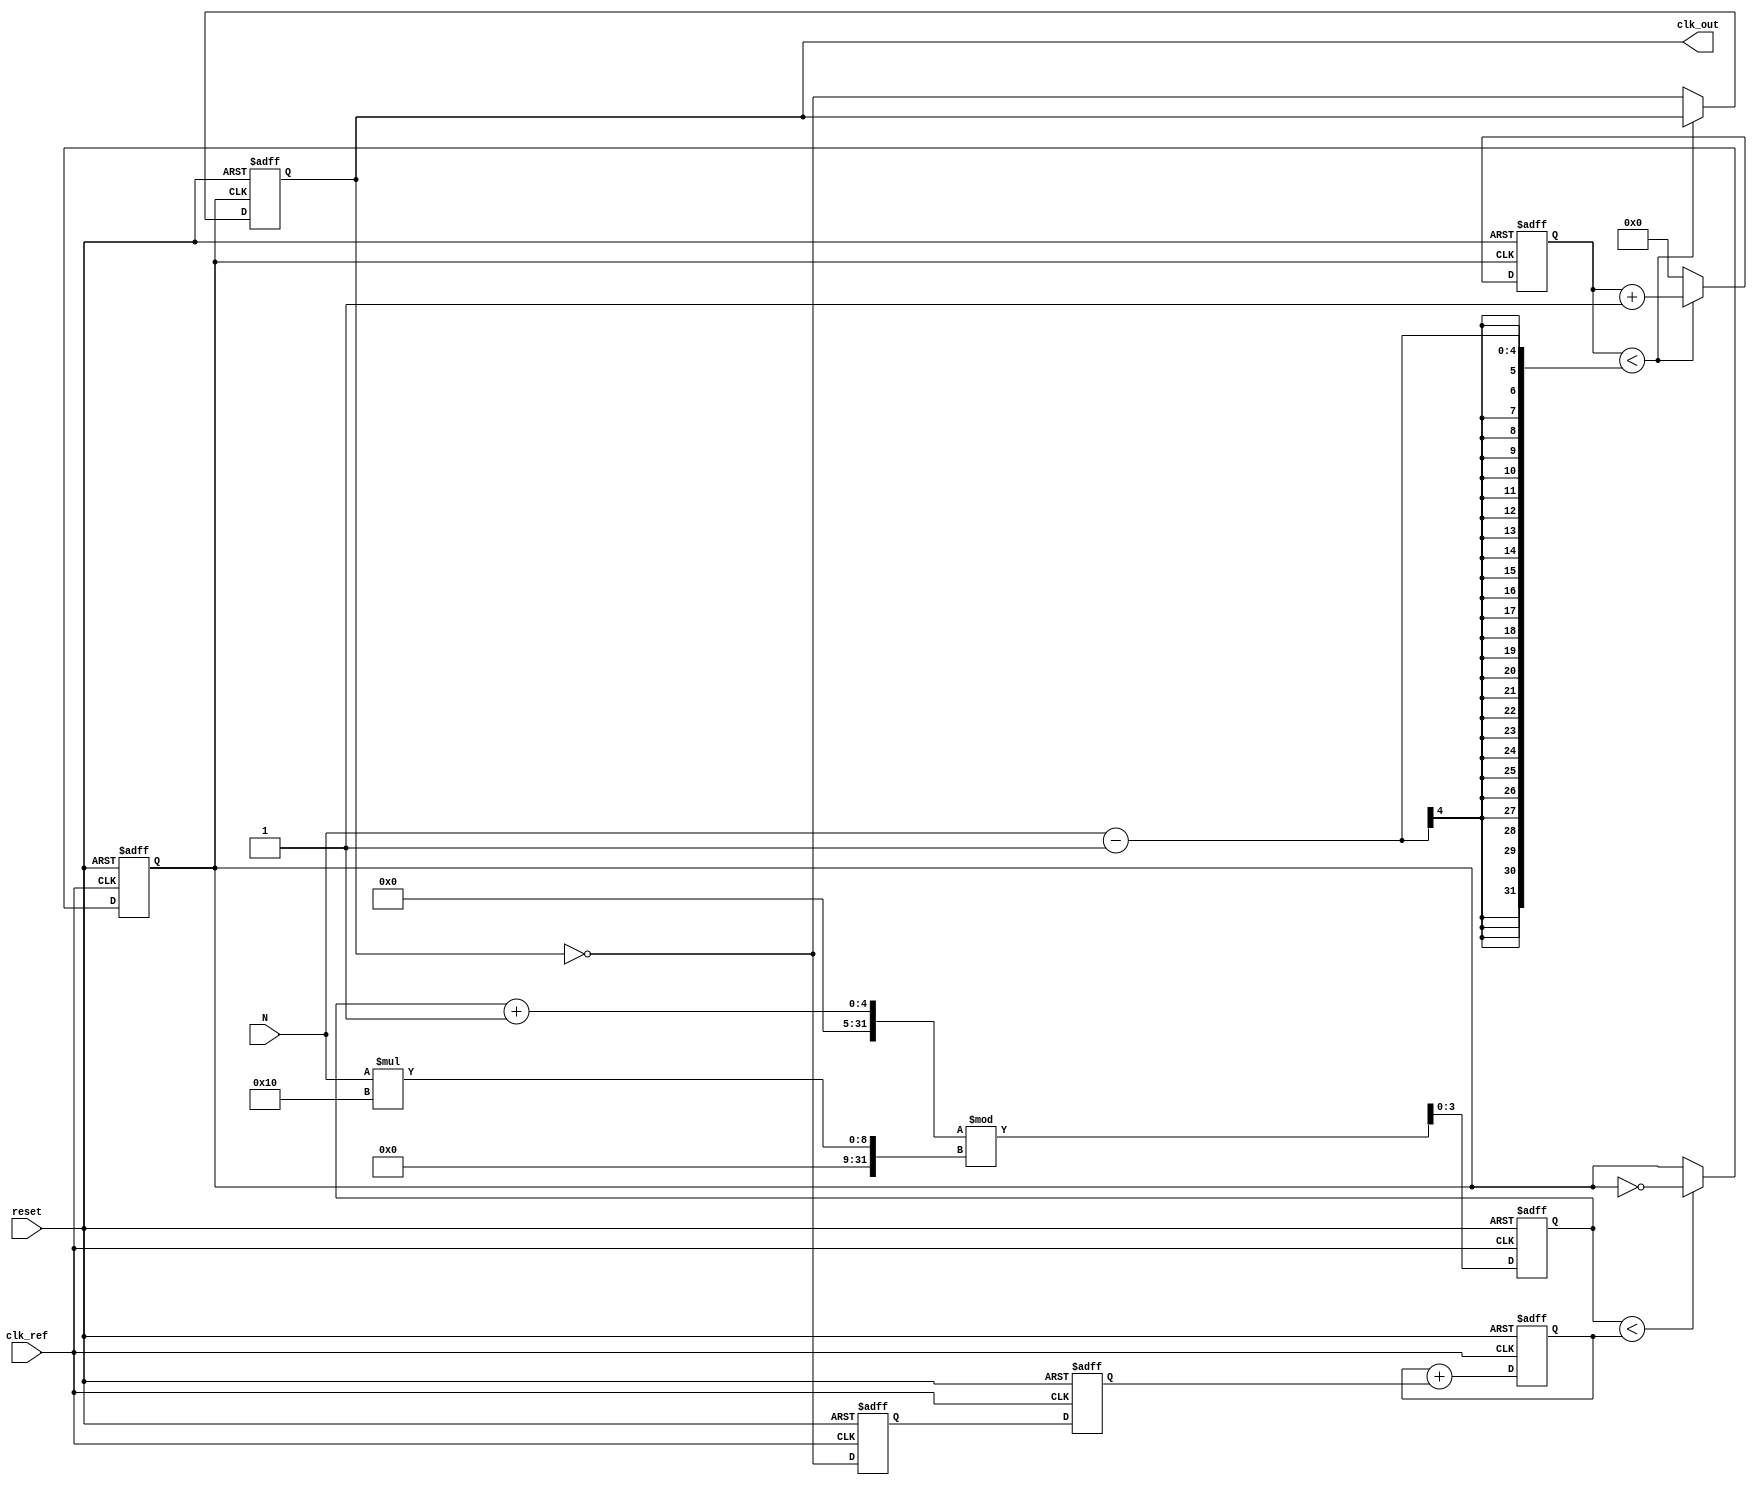
module integer_n_pll (
    input wire clk_ref,          // Reference clock input
    input wire reset,            // Asynchronous reset
    input wire [3:0] N,          // Integer division factor
    output reg clk_out           // Output clock
);

// Phase Detector (PD)
reg pd_out;                    // Phase detector output
reg [1:0] phase_error;         // Phase error signal

always @(posedge clk_ref or posedge reset) begin
    if (reset) begin
        pd_out <= 0;
        phase_error <= 0;
    end else begin
        // Simple phase detector logic (XOR for demonstration)
        phase_error <= {clk_ref, clk_out} ^ 2'b11; // Compare reference and feedback
        pd_out <= phase_error[0]; // Output pulse if there's a phase error
    end
end

// Loop Filter (LF)
reg [7:0] control_voltage;      // Control voltage for VCO

always @(posedge clk_ref or posedge reset) begin
    if (reset) begin
        control_voltage <= 8'b0;
    end else begin
        // Simple first-order loop filter (integrator)
        control_voltage <= control_voltage + pd_out; // Integrate phase error
    end
end

// Voltage-Controlled Oscillator (VCO)
reg [3:0] vco_counter;          // VCO counter
reg vco_clk;                    // VCO output clock

always @(posedge clk_ref or posedge reset) begin
    if (reset) begin
        vco_counter <= 0;
        vco_clk <= 0;
    end else begin
        // VCO frequency controlled by control voltage
        if (vco_counter < control_voltage) begin
            vco_clk <= ~vco_clk; // Toggle VCO output clock
        end
        vco_counter <= (vco_counter + 1) % (N * 16); // Scale by N
    end
end

// Frequency Divider
reg [3:0] divider_counter;      // Divider counter

always @(posedge vco_clk or posedge reset) begin
    if (reset) begin
        divider_counter <= 0;
        clk_out <= 0;
    end else begin
        if (divider_counter < N - 1) begin
            divider_counter <= divider_counter + 1;
        end else begin
            clk_out <= ~clk_out; // Toggle output clock
            divider_counter <= 0; // Reset divider counter
        end
    end
end

endmodule